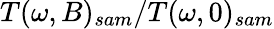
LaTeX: T(\omega,B)_{sam}/T(\omega,0)_{sam}